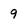
Character: 9